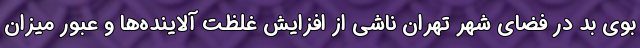
بوی بد در فضای شهر تهران ناشی از افزایش غلظت آلاینده‌ها و عبور میزان